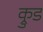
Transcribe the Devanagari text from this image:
क्रुड